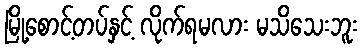
မြို့စောင့်တပ်နှင့် လိုက်ရမလား မသိသေးဘူး